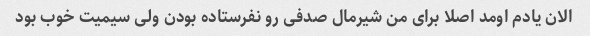
الان یادم اومد اصلا برای من شیرمال صدفی رو نفرستاده بودن ولی سیمیت خوب بود